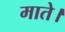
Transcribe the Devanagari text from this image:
माते।